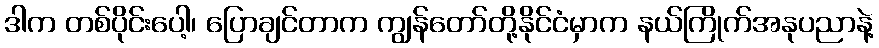
ဒါက တစ်ပိုင်းပေါ့၊ ပြောချင်တာက ကျွန်တော်တို့နိုင်ငံမှာက နယ်ကြိုက်အနုပညာနဲ့